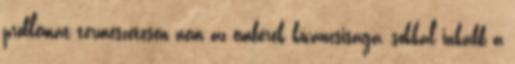
problémát természetesen nem az emberek kíváncsisága, sokkal inkább a